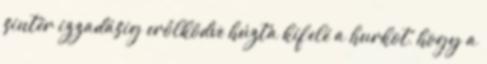
sintér izzadásig erőlködve húzta kifelé a hurkot, hogy a